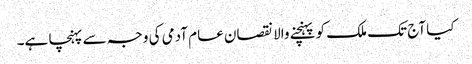
کیا آج تک ملک کو پہنچنے والا نقصان عام آدمی کی وجہ سے پہنچا ہے۔